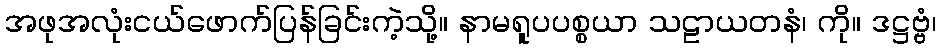
အဖုအလုံးငယ်ဖောက်ပြန်ခြင်းကဲ့သို့။ နာမရူပပစ္စယာ သဠာယတနံ၊ ကို။ ဒဋ္ဌဗ္ဗံ၊